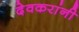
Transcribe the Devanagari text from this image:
देवकरांनी